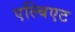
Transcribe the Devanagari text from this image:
एल्बिएट